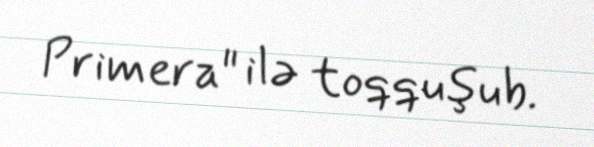
Primera" ilə toqquşub.